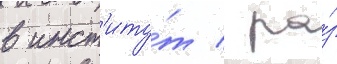
в инст'иту́т / ра́з